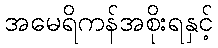
အမေရိကန်အစိုးရနှင့်